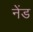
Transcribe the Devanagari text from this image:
नेंड